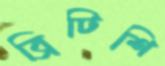
ব্রিটিশি